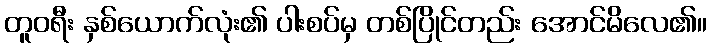
တူဝရီး နှစ်ယောက်လုံး၏ ပါးစပ်မှ တစ်ပြိုင်တည်း အောင်မိလေ၏။